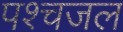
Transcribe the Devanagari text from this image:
पश्चजल